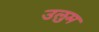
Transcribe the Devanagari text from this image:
उलुम